Vaccination in Bombay 1913-1923 - 1913-1923
Year: 1913
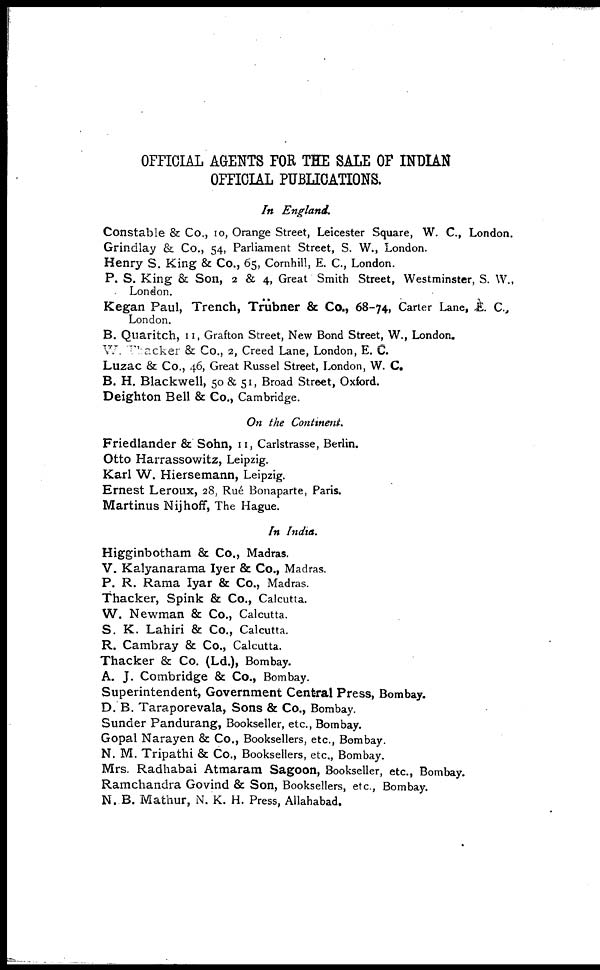
OFFICIAL AGENTS FOR THE SALE OF INDIAN
OFFICIAL PUBLICATIONS.
In England.
Constable & Co., 10, Orange Street, Leicester Square, W. C., London.
Grindlay & Co., 54, Parliament Street, S. W., London.
Henry S. King & Co., 65, Cornhill, E. C., London.
P. S. King & Son, 2 & 4, Great Smith Street, Westminster, S. W.,
London.
Kegan Paul, Trench, Trübner & Co., 68-74, Carter Lane, E. C.,
London.
B. Quaritch, 11, Grafton Street, New Bond Street, W., London.
W. Thacker & Co., 2, Creed Lane, London, E. C.
Luzac & Co., 46, Great Russel Street, London, W. C.
B. H. Blackwell, 50 & 51, Broad Street, Oxford.
Deighton Bell & Co., Cambridge.
On the Continent.
Friedlander & Sohn, 11, Carlstrasse, Berlin.
Otto Harrassowitz, Leipzig.
Karl W. Hiersemann, Leipzig.
Ernest Leroux, 28, Rué Bonaparte, Paris.
Martinus Nijhoff, The Hague.
In India.
Higginbotham & Co., Madras.
V. Kalyanarama Iyer & Co., Madras.
P. R. Rama Iyar & Co., Madras.
Thacker, Spink & Co., Calcutta.
W. Newman & Co., Calcutta.
S. K. Lahiri & Co., Calcutta.
R. Cambray & Co., Calcutta.
Thacker & Co. (Ld.), Bombay.
A. J. Combridge & Co., Bombay.
Superintendent, Government Central Press, Bombay.
D. B. Taraporevala, Sons & Co., Bombay.
Sunder Pandurang, Bookseller, etc., Bombay.
Gopal Narayen & Co., Booksellers, etc., Bombay.
N. M. Tripathi & Co., Booksellers, etc., Bombay.
Mrs. Radhabai Atmaram Sagoon, Bookseller, etc., Bombay.
Ramchandra Govind & Son, Booksellers, etc., Bombay.
N. B. Mathur, N. K. H. Press, Allahabad.